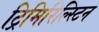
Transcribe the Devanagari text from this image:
ट्रिमिरिल्स्टिन